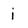
Character: i